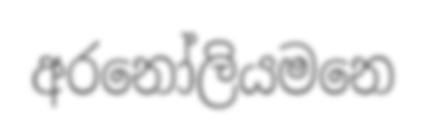
අරනෝලියමනෙ